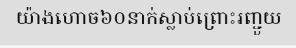
យ៉ាងហោច៦០នាក់ស្លាប់ព្រោះរញ្ជួយ